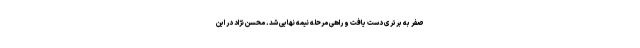
صفر به برتری دست یافت و راهی مرحله نیمه نهایی شد. محسن نژاد در این